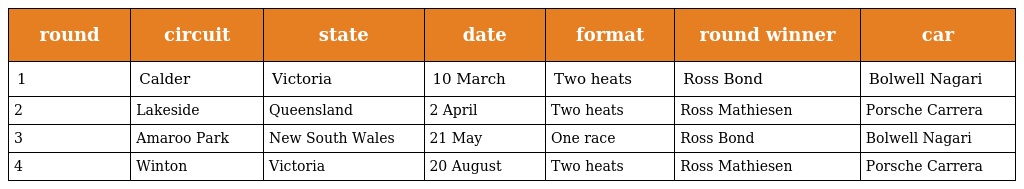
| round | circuit | state | date | format | round winner | car |
 | --- | --- | --- | --- | --- | --- | --- |
 | 1 | Calder | Victoria | 10 March | Two heats | Ross Bond | Bolwell Nagari |
 | 2 | Lakeside | Queensland | 2 April | Two heats | Ross Mathiesen | Porsche Carrera |
 | 3 | Amaroo Park | New South Wales | 21 May | One race | Ross Bond | Bolwell Nagari |
 | 4 | Winton | Victoria | 20 August | Two heats | Ross Mathiesen | Porsche Carrera |